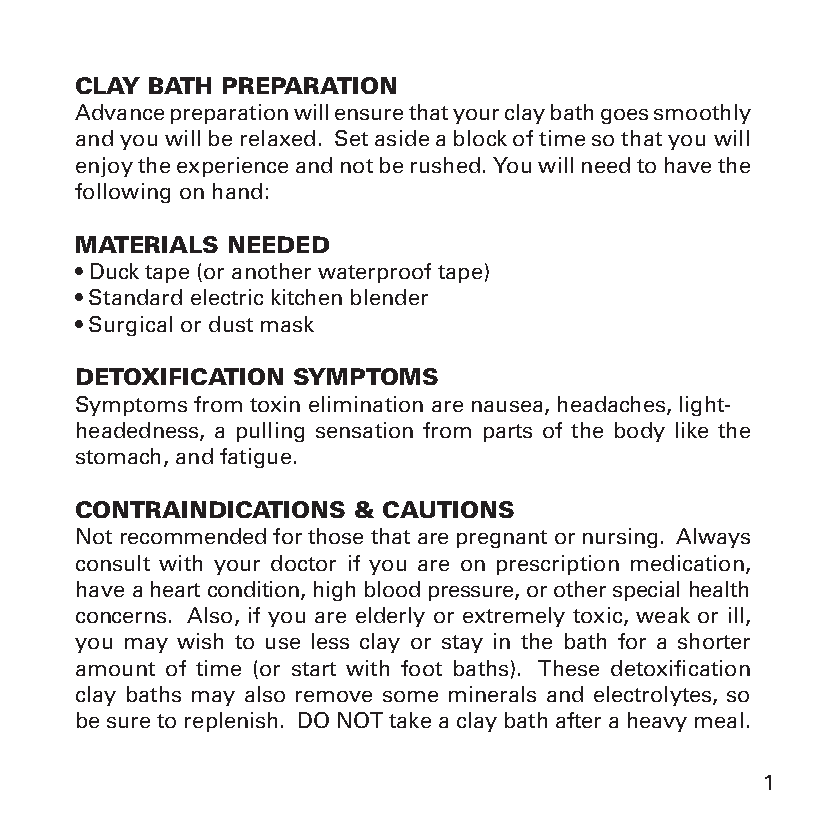
CLAY BATH PREPARATION
 Advance preparation will ensure that your clay bath goes smoothly
 and you will be relaxed. Set aside a block of time so that you will
 enjoy the experience and not be rushed. You will need to have the
 following on hand:
 MATERIALS NEEDED
 • Duck tape (or another waterproof tape)
 • Standard electric kitchen blender
 • Surgical or dust mask
 DETOXIFICATION SYMPTOMS
 Symptoms from toxin elimination are nausea, headaches, light-
 headedness, a pulling sensation from parts of the body like the
 stomach, and fatigue.
 CONTRAINDICATIONS & CAUTIONS
 Not recommended for those that are pregnant or nursing. Always
 consult with your doctor if you are on prescription medication,
 have a heart condition, high blood pressure, or other special health
 concerns. Also, if you are elderly or extremely toxic, weak or ill,
 you may wish to use less clay or stay in the bath for a shorter
 amount of time (or start with foot baths). These detoxification
 clay baths may also remove some minerals and electrolytes, so
 be sure to replenish. DO NOT take a clay bath after a heavy meal.
 1